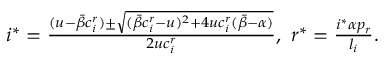
\begin{array} { r } { i ^ { * } = \frac { ( u - \bar { \beta } c _ { i } ^ { r } ) \pm \sqrt { ( \bar { \beta } c _ { i } ^ { r } - u ) ^ { 2 } + 4 u c _ { i } ^ { r } ( \bar { \beta } - \alpha ) } } { 2 u c _ { i } ^ { r } } , \ r ^ { * } = \frac { i ^ { * } \alpha p _ { r } } { l _ { i } } . } \end{array}